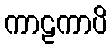
ကာဠကာပိ